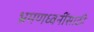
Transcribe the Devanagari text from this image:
भ्रमणध्वनींसाठी